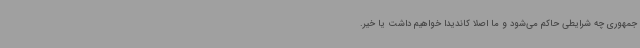
جمهوری چه شرایطی حاکم می‌شود و ما اصلا کاندیدا خواهیم داشت یا خیر.